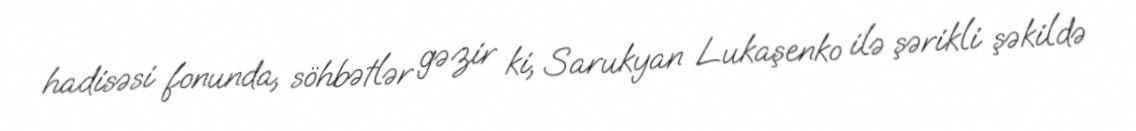
hadisəsi fonunda, söhbətlər gəzir ki, Sarukyan Lukaşenko ilə şərikli şəkildə